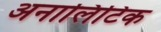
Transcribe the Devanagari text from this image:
अनालिटिक